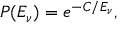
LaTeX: P ( E _ { \nu } ) = e ^ { - C / E _ { \nu } } ,